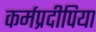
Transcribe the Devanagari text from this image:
कर्मप्रदीपिया